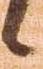
候